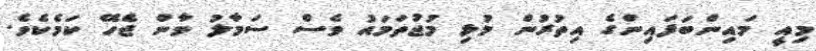
މިއީ މައިންބަފައިންގެ އިތުރުން މުޅި މުޖުތަމައު ވެސް ސަމާލު ވާން ޖެހޭ ކަމެކެވެ.